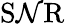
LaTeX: \operatorname{S\mathcal{N}R}